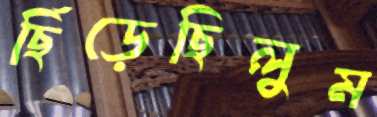
ছিঁড়েছিলুম